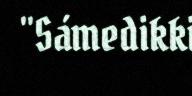
"Sámedikki